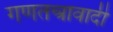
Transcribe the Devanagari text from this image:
गणतन्त्रावादी